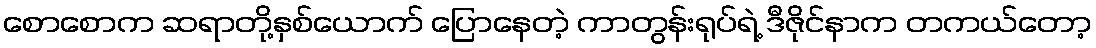
စောစောက ဆရာတို့နှစ်ယောက် ပြောနေတဲ့ ကာတွန်းရုပ်ရဲ့ ဒီဇိုင်နာက တကယ်တော့